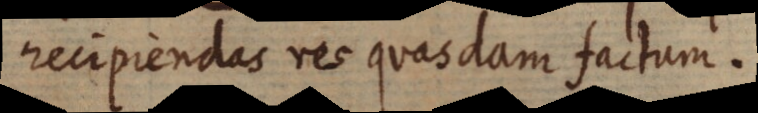
recipiendas res quasdam factum.